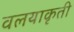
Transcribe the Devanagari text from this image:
वलयाकृती